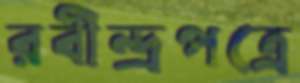
রবীন্দ্রপত্রে